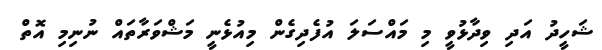
ޝަހީދު އަދި ވިދާޅުވީ މި މައްސަލަ އުފެދިގެން މިއުޅެނީ މަޝްވަރާތައް ނުނިމި އޮތް